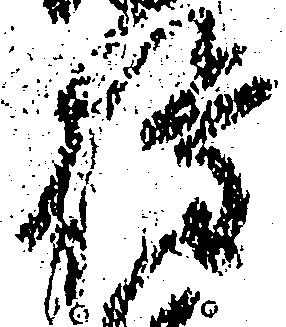
権